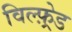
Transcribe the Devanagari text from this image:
विल्फ़्रेड